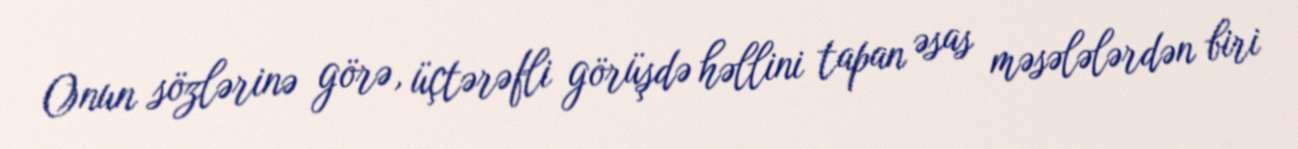
Onun sözlərinə görə, üçtərəfli görüşdə həllini tapan əsas məsələlərdən biri